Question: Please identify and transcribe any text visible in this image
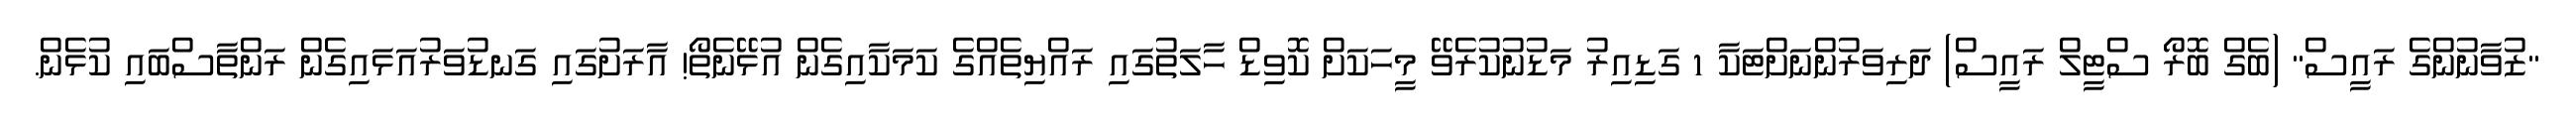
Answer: "ޒުވާނުންގެ ރައީސް" (ބެގް ބޮރޯ ސްޓީލް ރައީސް) ދަރިވަރުންނަށްޓަކާ 1 ގަޑިއިރު މަޑުނުކުރެވޭ މީހަކަށް ކޮވިޑް ހާލަތުގައި ރައްޔިތެއްގެ ކަމަކާއިގެން އުޅޭނެތޯ! އާރަށުގައި ގަނޑުވަރުއަޅައިގެން ރަންތާސްބައި ކުޅެން.